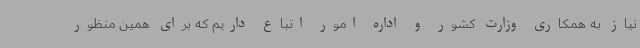
نیاز به همکاری وزارت کشور و اداره امور اتباع داریم که برای همین منظور